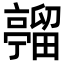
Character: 𪜦